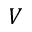
V